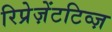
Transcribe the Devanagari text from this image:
रिप्रेज़ेंटटिव्ज़